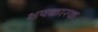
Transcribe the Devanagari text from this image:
क्षयकारक